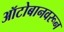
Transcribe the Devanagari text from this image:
ऑटोबानवरून